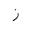
Letter: _zay